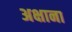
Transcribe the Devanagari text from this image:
अक्षाना